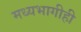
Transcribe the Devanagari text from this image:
मध्यभागीही